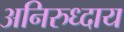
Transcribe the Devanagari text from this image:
अनिरुध्दाय